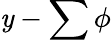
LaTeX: \mathit{y}-\sum\phi